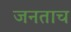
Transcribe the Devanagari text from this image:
जनताच